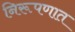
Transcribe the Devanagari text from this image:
निरूपणात